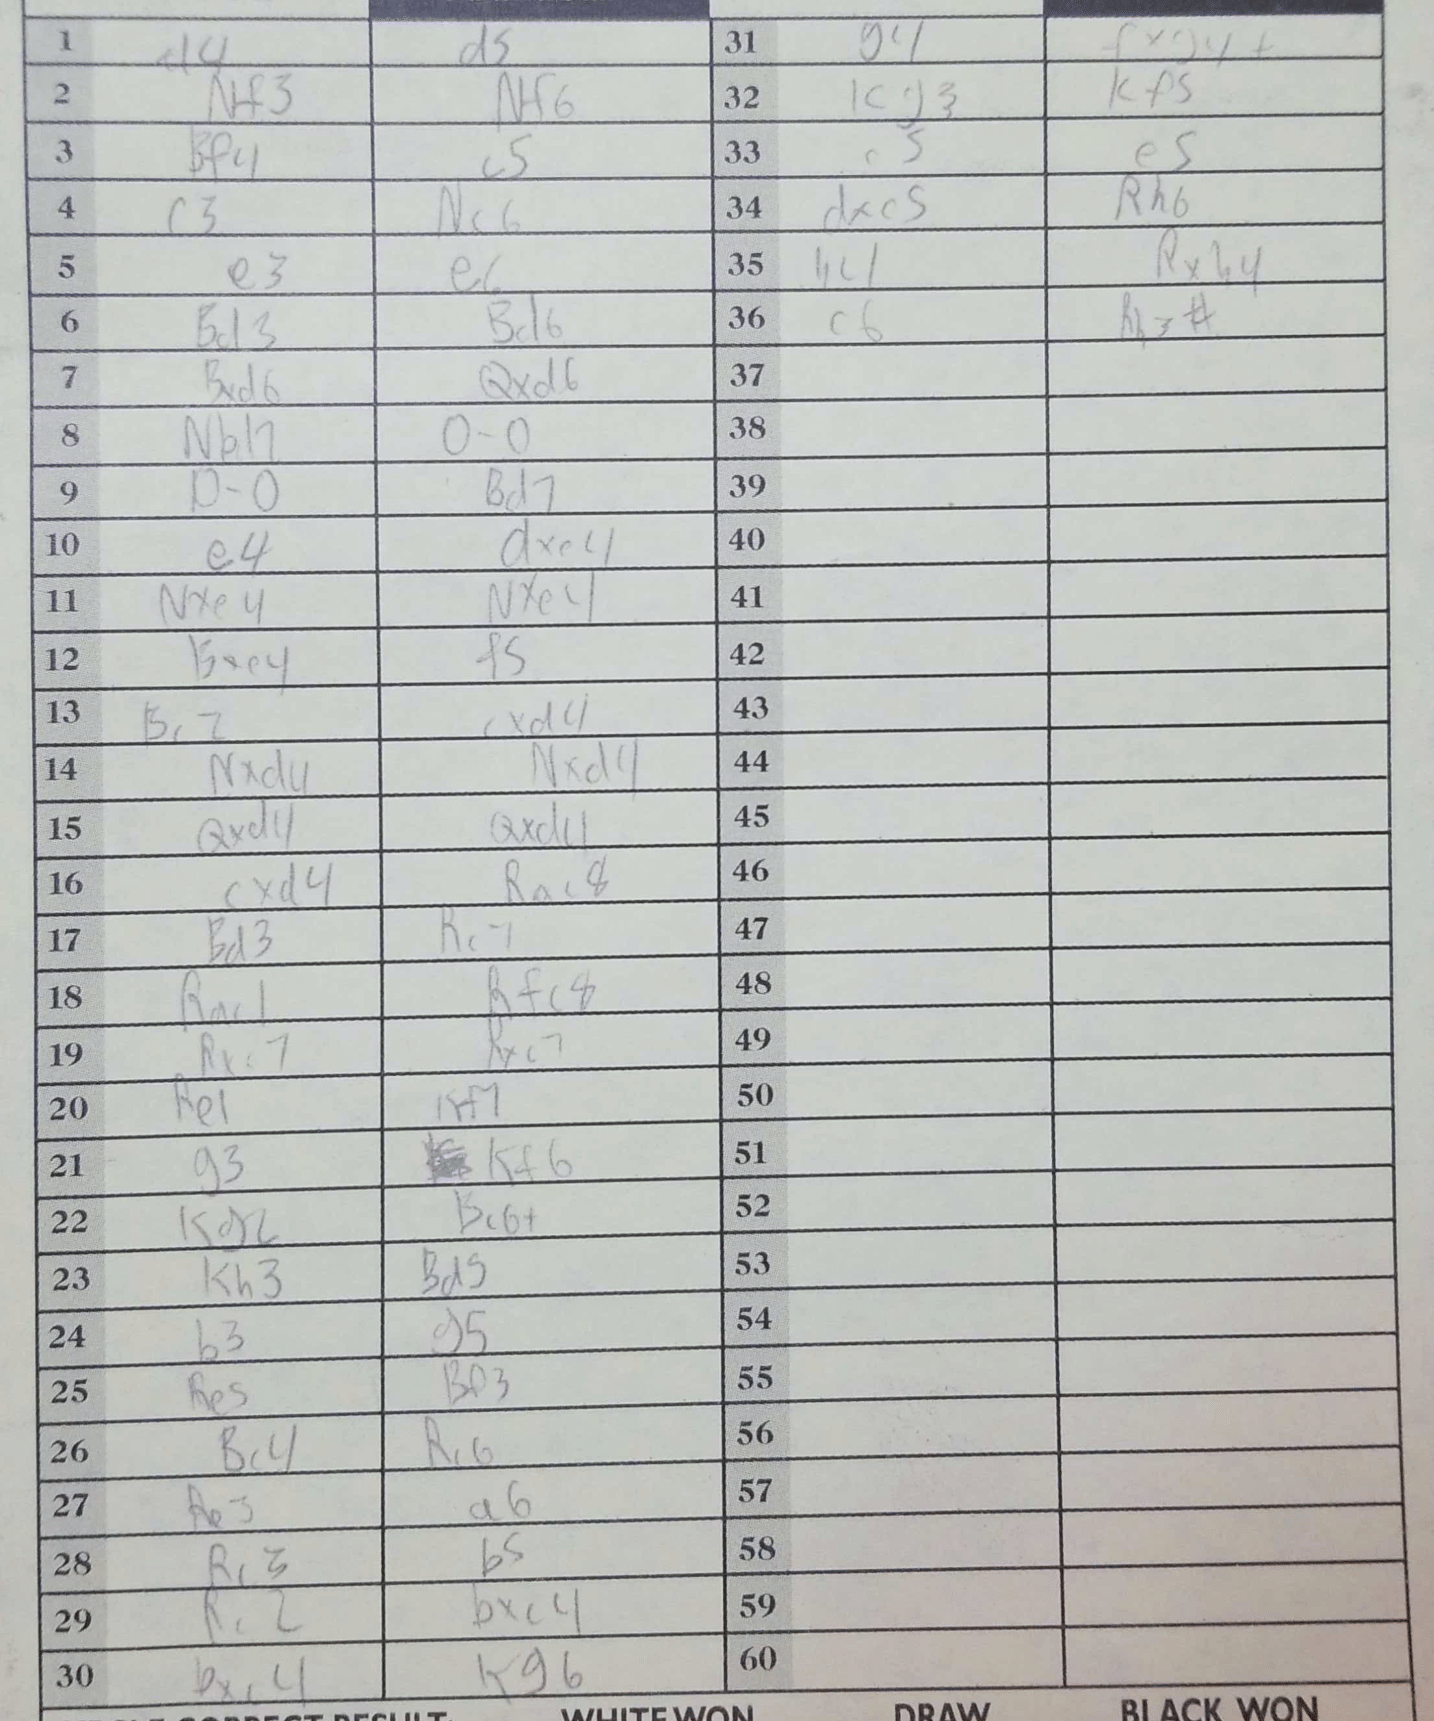
Moves: d4 d5 Nf3 Nf6 Bf4 c5 c3 Nc6 e3 e6 Bd3 Bd6 Bxd6 Qxd6 Nbd2 O-O O-O Bd7 e4 dxe4 Nxe4 Nxe4 Bxe4 f5 Bc2 cxd4 Nxd4 Nxd4 Qxd4 Qxd4 cxd4 Rac8 Bd3 Rc7 Rac1 Rfc8 Rxc7 Rxc7 Re1 Kf7 g3 Kf6 Kg2 Bc6+ Kh3 Bd5 b3 g5 Re5 Bf3 Bc4 Rc6 Re3 a6 Rc3 b5 Rc2 bxc4 bxc4 Kg6 g4 fxg4+ Kg3 Kf5 c5 e5 dxe5 Rh6 h4 Rxh4 c6 Rh3#